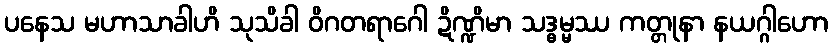
ပနေသ မဟာသာခါဟိ သုသိခါ ဝိဂတရာဂေါ ဍိဏ္ဍိမာ သဒ္ဓမ္မဿ ကတ္တုနာ နယဂ္ဂါဟော